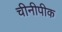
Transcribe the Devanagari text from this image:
चीनीपीक